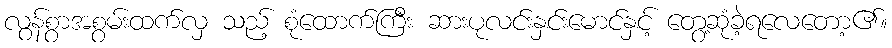
လွန်စွာအစွမ်းထက်လှ သည့် စုံထောက်ကြီး ဆားပုလင်းနှင်းမောင်နှင့် တွေ့ဆုံခဲ့ရလေတော့၏။